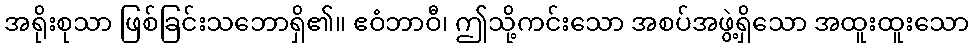
အရိုးစုသာ ဖြစ်ခြင်းသဘောရှိ၏။ ဧဝံဘာဝီ၊ ဤသို့ကင်းသော အစပ်အဖွဲ့ရှိသော အထူးထူးသော